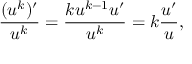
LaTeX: { \frac { ( u ^ { k } ) ^ { \prime } } { u ^ { k } } } = { \frac { k u ^ { k - 1 } u ^ { \prime } } { u ^ { k } } } = k { \frac { u ^ { \prime } } { u } } ,